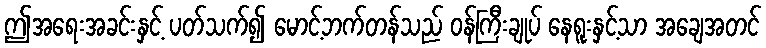
ဤအရေးအခင်းနှင့် ပတ်သက်၍ မောင့်ဘက်တန်သည် ဝန်ကြီးချုပ် နေရူးနှင့်သာ အချေအတင်